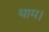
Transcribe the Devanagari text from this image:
थाम।